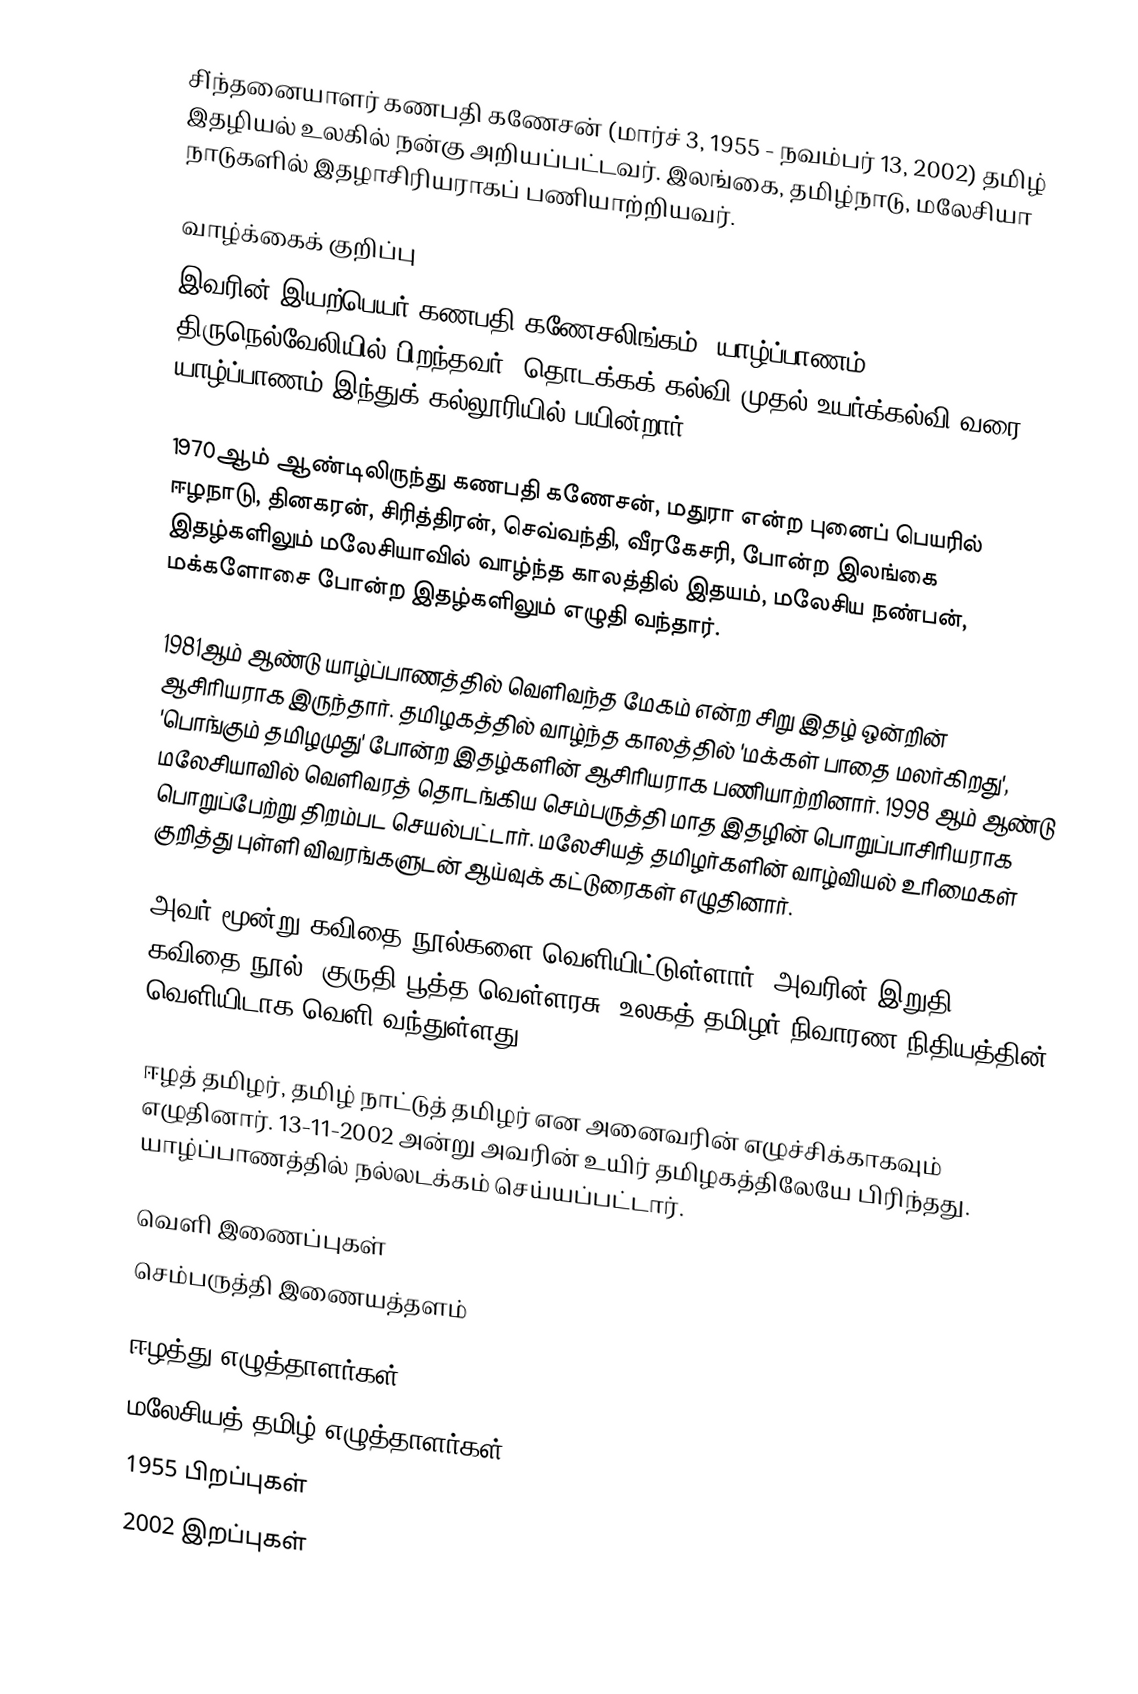
சி்ந்தனையாளர்  கணபதி கணேசன் (மார்ச் 3, 1955 - நவம்பர் 13, 2002) தமிழ் இதழியல் உலகில் நன்கு அறியப்பட்டவர். இலங்கை, தமிழ்நாடு, மலேசியா நாடுகளில் இதழாசிரியராகப் பணியாற்றியவர்.

வாழ்க்கைக் குறிப்பு
இவரின் இயற்பெயர் கணபதி கணேசலிங்கம். யாழ்ப்பாணம் திருநெல்வேலியில் பிறந்தவர். தொடக்கக் கல்வி முதல் உயர்க்கல்வி வரை யாழ்ப்பாணம் இந்துக் கல்லூரியில் பயின்றார்.

1970ஆம் ஆண்டிலிருந்து கணபதி கணேசன், மதுரா என்ற புனைப் பெயரில் ஈழநாடு, தினகரன், சிரித்திரன், செவ்வந்தி, வீரகேசரி, போன்ற இலங்கை இதழ்களிலும் மலேசியாவில் வாழ்ந்த காலத்தில் இதயம், மலேசிய நண்பன், மக்களோசை போன்ற இதழ்களிலும் எழுதி வந்தார்.

1981ஆம் ஆண்டு யாழ்ப்பாணத்தில் வெளிவந்த மேகம் என்ற சிறு இதழ் ஒன்றின் ஆசிரியராக இருந்தார். தமிழகத்தில் வாழ்ந்த காலத்தில் 'மக்கள் பாதை மலர்கிறது', 'பொங்கும் தமிழமுது' போன்ற இதழ்களின் ஆசிரியராக  பணியாற்றினார். 1998 ஆம் ஆண்டு மலேசியாவில் வெளிவரத் தொடங்கிய செம்பருத்தி மாத இதழின் பொறுப்பாசிரியராக பொறுப்பேற்று திறம்பட செயல்பட்டார். மலேசியத் தமிழர்களின் வாழ்வியல் உரிமைகள் குறித்து புள்ளி விவரங்களுடன் ஆய்வுக் கட்டுரைகள் எழுதினார்.

அவர் மூன்று கவிதை நூல்களை வெளியிட்டுள்ளார். அவரின் இறுதி கவிதை நூல் 'குருதி பூத்த வெள்ளரசு' உலகத் தமிழர் நிவாரண நிதியத்தின் வெளியிடாக  வெளி வந்துள்ளது.

ஈழத் தமிழர், தமிழ் நாட்டுத் தமிழர் என  அனைவரின் எழுச்சிக்காகவும் எழுதினார். 13-11-2002 அன்று அவரின் உயிர் தமிழகத்திலேயே பிரிந்தது. யாழ்ப்பாணத்தில் நல்லடக்கம் செய்யப்பட்டார்.

வெளி இணைப்புகள்
செம்பருத்தி இணையத்தளம்

ஈழத்து எழுத்தாளர்கள்
மலேசியத் தமிழ் எழுத்தாளர்கள்
1955 பிறப்புகள்
2002 இறப்புகள்